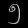
Digit: ၅